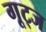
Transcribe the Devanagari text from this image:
गूट्ज